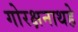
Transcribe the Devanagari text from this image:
गोरक्षनाथहे